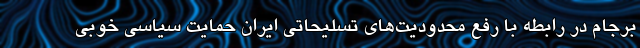
برجام در رابطه با رفع محدودیت‌های تسلیحاتی ایران حمایت سیاسی خوبی